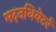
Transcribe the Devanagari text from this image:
मदनथियेटर्र